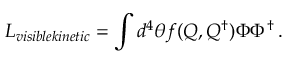
{ \cal L } _ { v i s i b l e k i n e t i c } = \int d ^ { 4 } \theta f ( Q , Q ^ { \dagger } ) \Phi \Phi ^ { \dagger } \, .